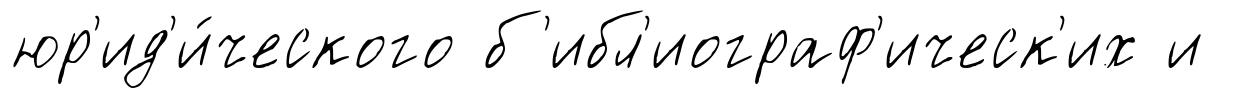
юр'ид'и́ческого б'ибл'иограф'ическ'их и